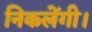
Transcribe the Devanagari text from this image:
निकलेंगी।